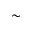
\sim